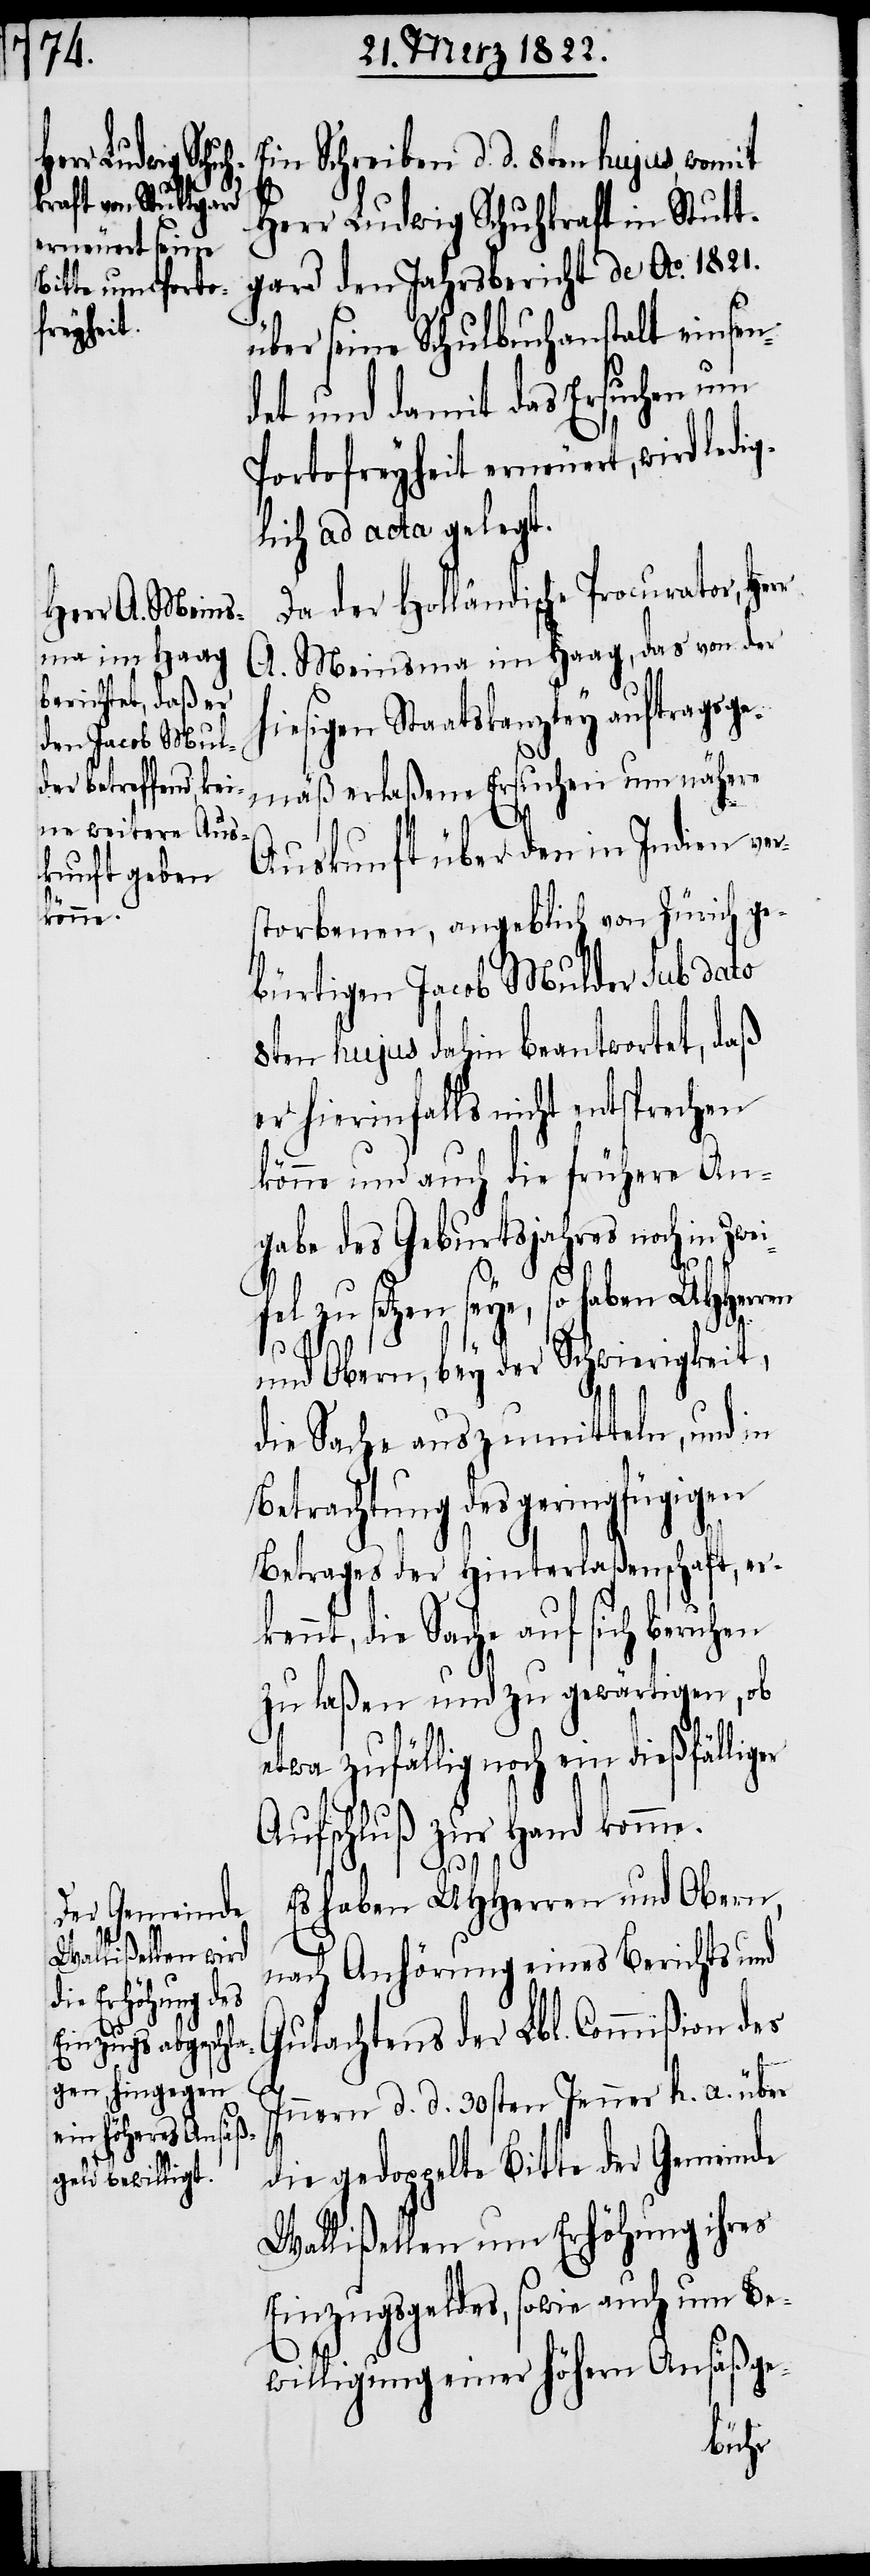
Ein Schreiben d. d. 8ten hujus, womit
Herr Ludwig Schuhkraft in Stutt¬
gard den Jahresbericht de Ao. 1821.
über seine Schulbuchanstalt einsen¬
det und damit das Ersuchen um
Portofreyheit erneuert, wird ledig¬
lich ad acta gelegt.
Da der holländische Procurator, Her¬
A. Meinsma im Haag, das von der
hiesigen Staatskanzley auftragsge¬
mäß erlaßene Ersuchen um nähere
Auskunft über den in Indien ver¬
torbenen, angeblich von Zürich ge¬
bürtigen Jacob Mulder sub dato
8ten hujus dahin beantwortet, daß
er hierinfalls nicht entsprechen
könne und auch die frühere An¬
gabe des Geburtsjahres noch in Zwei¬
er
fel zu setzen seye, so haben UHHerren
s¬
und Obern, bey der Schwierigkeit,
die Sache auszumitteln, und in
Betrachtung des geringfügigen
Betrags der Hinterlaßenschaft, er¬
kennt, die Sache auf sich beruhen
zu laßen und zu gewärtigen, ob
etwa zufällig noch ein dießfällig¬
Aufschluß zur Hand komme.
Es haben UHHerren und Obern,
nach Anhörung eines Berichts und
Gutachtens der Lbl. Commißion des
Innern d. d. 30sten Jenner h. a. über
die gedoppelte Bitte der Gemeinde
Wallißellen um Erhöhung ihres
Einzugsgeldes, sowie auch um Be¬
willigung einer höhern Ansäßge-